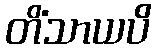
တိံသာယပိ